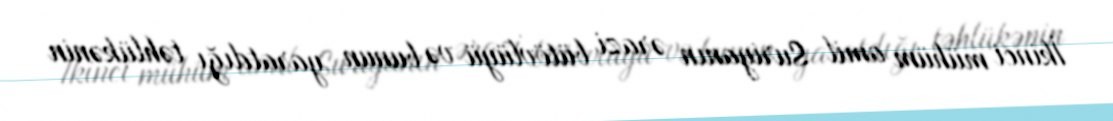
İkinci mühüm amil Suriyanın ərazi bütövlüyü və bunun yaratdığı təhlükənin